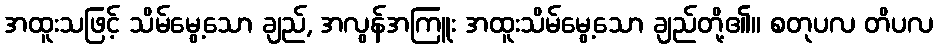
အထူးသဖြင့် သိမ်မွေ့သော ချည်, အလွန်အကြူး အထူးသိမ်မွေ့သော ချည်တို့၏။ စတုပလ တိပလ